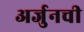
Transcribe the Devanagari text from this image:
अर्जुनची